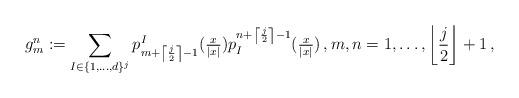
LaTeX: \begin{align*}g^n_m := \sum_{I\in\{1,\ldots,d\}^j} p^I_{m+\left\lceil\frac{j}{2}\right\rceil-1}(\tfrac{x}{|x|}) p^{n+\left\lceil\frac{j}{2}\right\rceil-1}_I(\tfrac{x}{|x|}) \,, m,n=1,\ldots,\left\lfloor\frac{j}{2}\right\rfloor+1 \,,\end{align*}